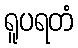
ရူပရတံ